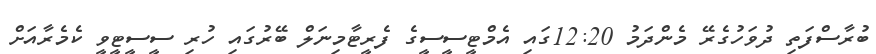
ބުރާސްފަތި ދުވަހުގެރޭ މެންދަމު 12:20ގައި އެމްޓީސީސީގެ ފެރީޓާމިނަލް ބޭރުގައި ހުރި ސީސީޓީވީ ކެމެރާއަށް